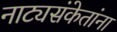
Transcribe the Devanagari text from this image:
नाट्यसंकेतांना